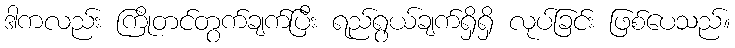
ဒါကလည်း ကြိုတင်တွက်ချက်ပြီး ရည်ရွယ်ချက်ရှိရှိ လုပ်ခြင်း ဖြစ်ပေသည်။